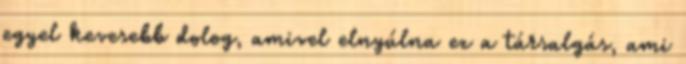
egyel kevesebb dolog, amivel elnyúlna ez a társalgás, ami